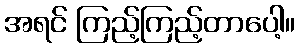
အရင် ကြည့်ကြည့်တာပေါ့။